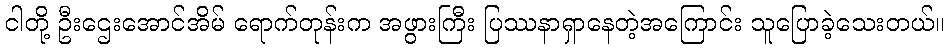
ငါတို့ ဦးဌေးအောင်အိမ် ရောက်တုန်းက အဖွားကြီး ပြဿနာရှာနေတဲ့အကြောင်း သူပြောခဲ့သေးတယ်။